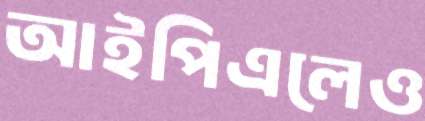
আইপিএলেও